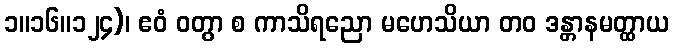
၁။၁၆။၁၂၄)၊ ဧဝံ ဝတွာ စ ကာသိရညော မဟေသိယာ တဝ ဒန္တာနမတ္ထာယ